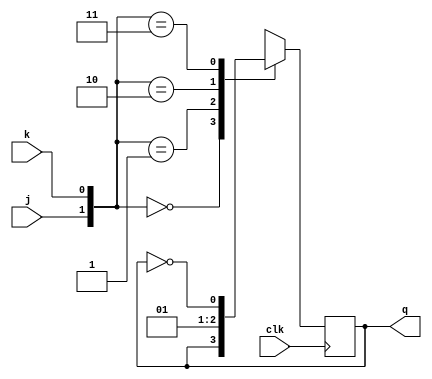
module jkffwithoutrst( clk,j,k,q);

input clk,j,k; 
output reg q;

always @(posedge clk)
begin
   case({j,k})
 2'b00:q<=q;
 2'b01:q<=0;
 2'b10:q<=1;
 2'b11:q<=~q;
 
 default q<=q;


endcase
end
endmodule